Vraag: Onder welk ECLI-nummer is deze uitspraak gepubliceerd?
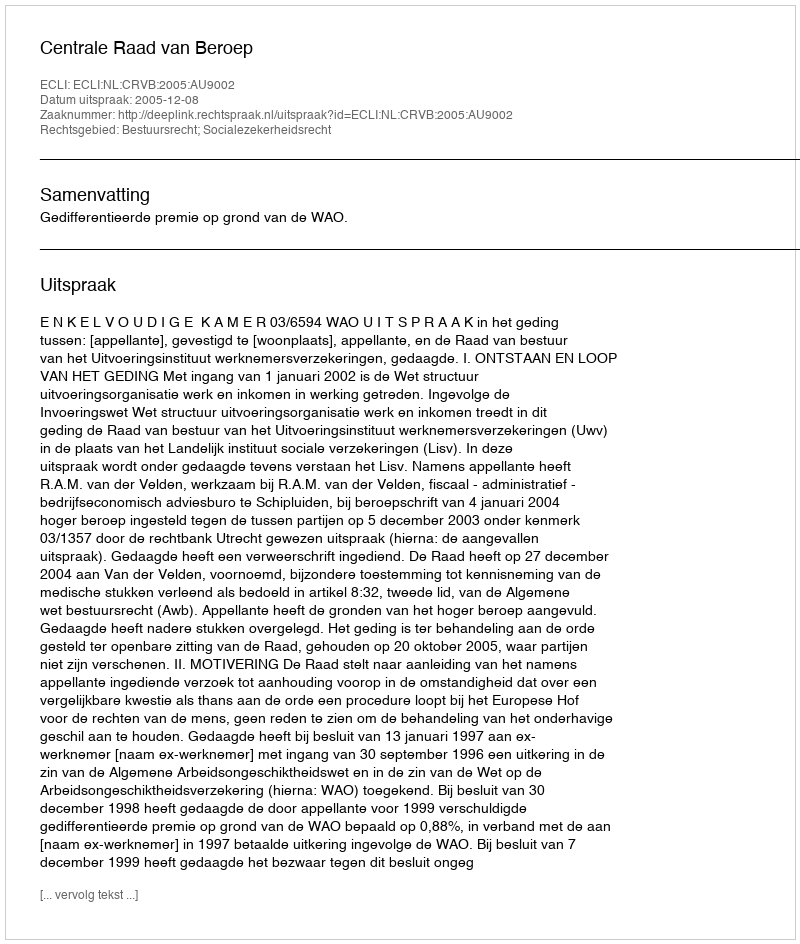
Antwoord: ECLI:NL:CRVB:2005:AU9002